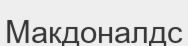
Макдоналдс